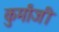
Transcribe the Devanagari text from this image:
कुर्मांजी